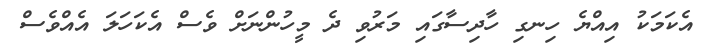
އެކަމަކު އިއްޔެ ހިނގި ހާދިސާގައި މަރުވި ދެ މީހުންނަށް ވެސް އެކަހަލަ އެއްވެސް